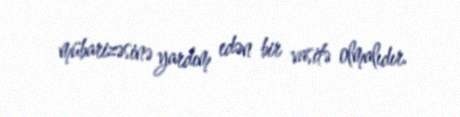
mübarizəsinə yardım edən bir vasitə olmalıdır.